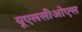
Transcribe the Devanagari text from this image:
यूएलसीओएस